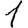
Digit: 1